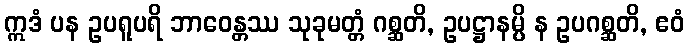
ဣဒံ ပန ဥပရူပရိ ဘာဝေန္တဿ သုခုမတ္တံ ဂစ္ဆတိ, ဥပဋ္ဌာနမ္ပိ န ဥပဂစ္ဆတိ, ဧဝံ